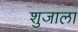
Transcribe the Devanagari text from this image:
शुजाला